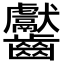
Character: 齾